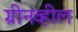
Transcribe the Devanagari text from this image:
ग्रीनव्हील